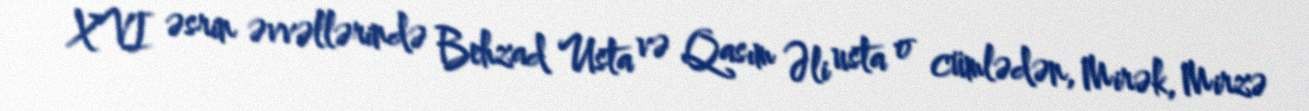
XVI əsrin əvvəllərində Behzad Usta və Qasım Əli usta o cümlədən, Mirək, Mirzə